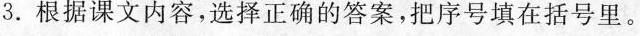
3.根据课文内容，选择正确的答案，把序号填在括号里。